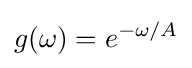
g(\omega )=e^{-\omega /A}